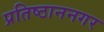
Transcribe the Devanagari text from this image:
प्रतिष्ठाननगर